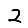
Digit: 2